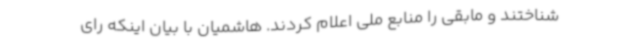
شناختند و مابقی را منابع ملی اعلام کردند. هاشمیان با بیان اینکه رای